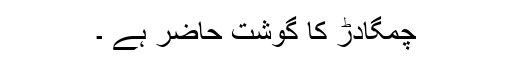
چمگادڑ کا گوشت حاضر ہے ۔